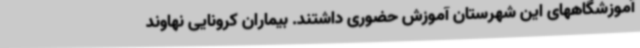
آموزشگاههای این شهرستان آموزش حضوری داشتند. بیماران کرونایی نهاوند